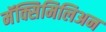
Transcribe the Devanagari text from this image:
मॅक्सिमिलिअन